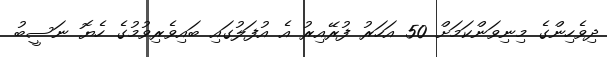
ދިވެހިންގެ މިނިވަންކަމަށް 50 އަހަރު ފުރޭއިރު އެ އުފަލުގައި ބައިވެރިވުމުގެ ހެޔޮ ނަސީބު